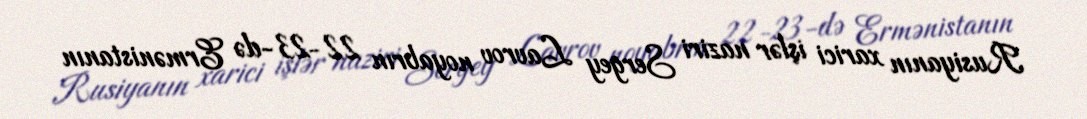
Rusiyanın xarici işlər naziri Sergey Lavrov noyabrın 22-23-də Ermənistanın